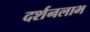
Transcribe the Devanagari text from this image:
दर्शनलाभ